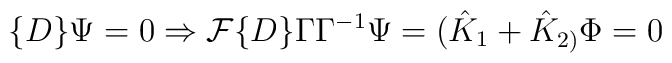
\{D\}\Psi =0\Rightarrow {\cal F}\{D\}\Gamma \Gamma ^{-1}\Psi=(\hat K_1+\hat K_{2)}\Phi =0